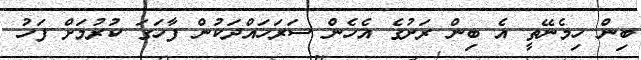
ބިން ހިމެނޭތީ އެ ބިން ރަށުގެ އެހެން ސަރަހައްދަކުން ފާހަގަ ކުރުމަށް ފަހު